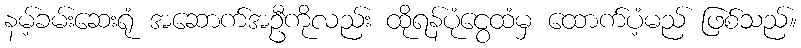
နမ့်ခမ်းဆေးရုံ အဆောက်အဦကိုလည်း ထိုရန်ပုံငွေထံမှ ထောက်ပံ့မည် ဖြစ်သည်။